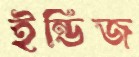
ইন্ডিজ